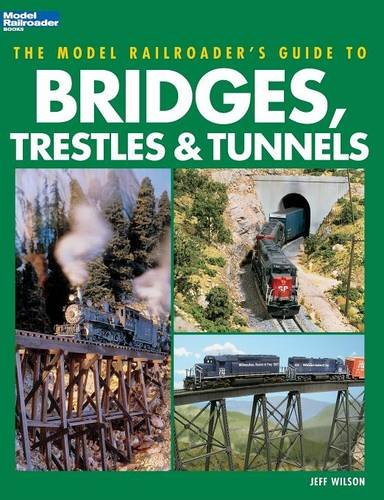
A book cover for The Model Railroader's Guide to Bridges, Trestles & Tunnels; Jeff Wilson; Crafts, Hobbies & Home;